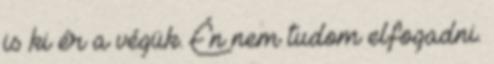
is ki ér a végük. Én nem tudom elfogadni.